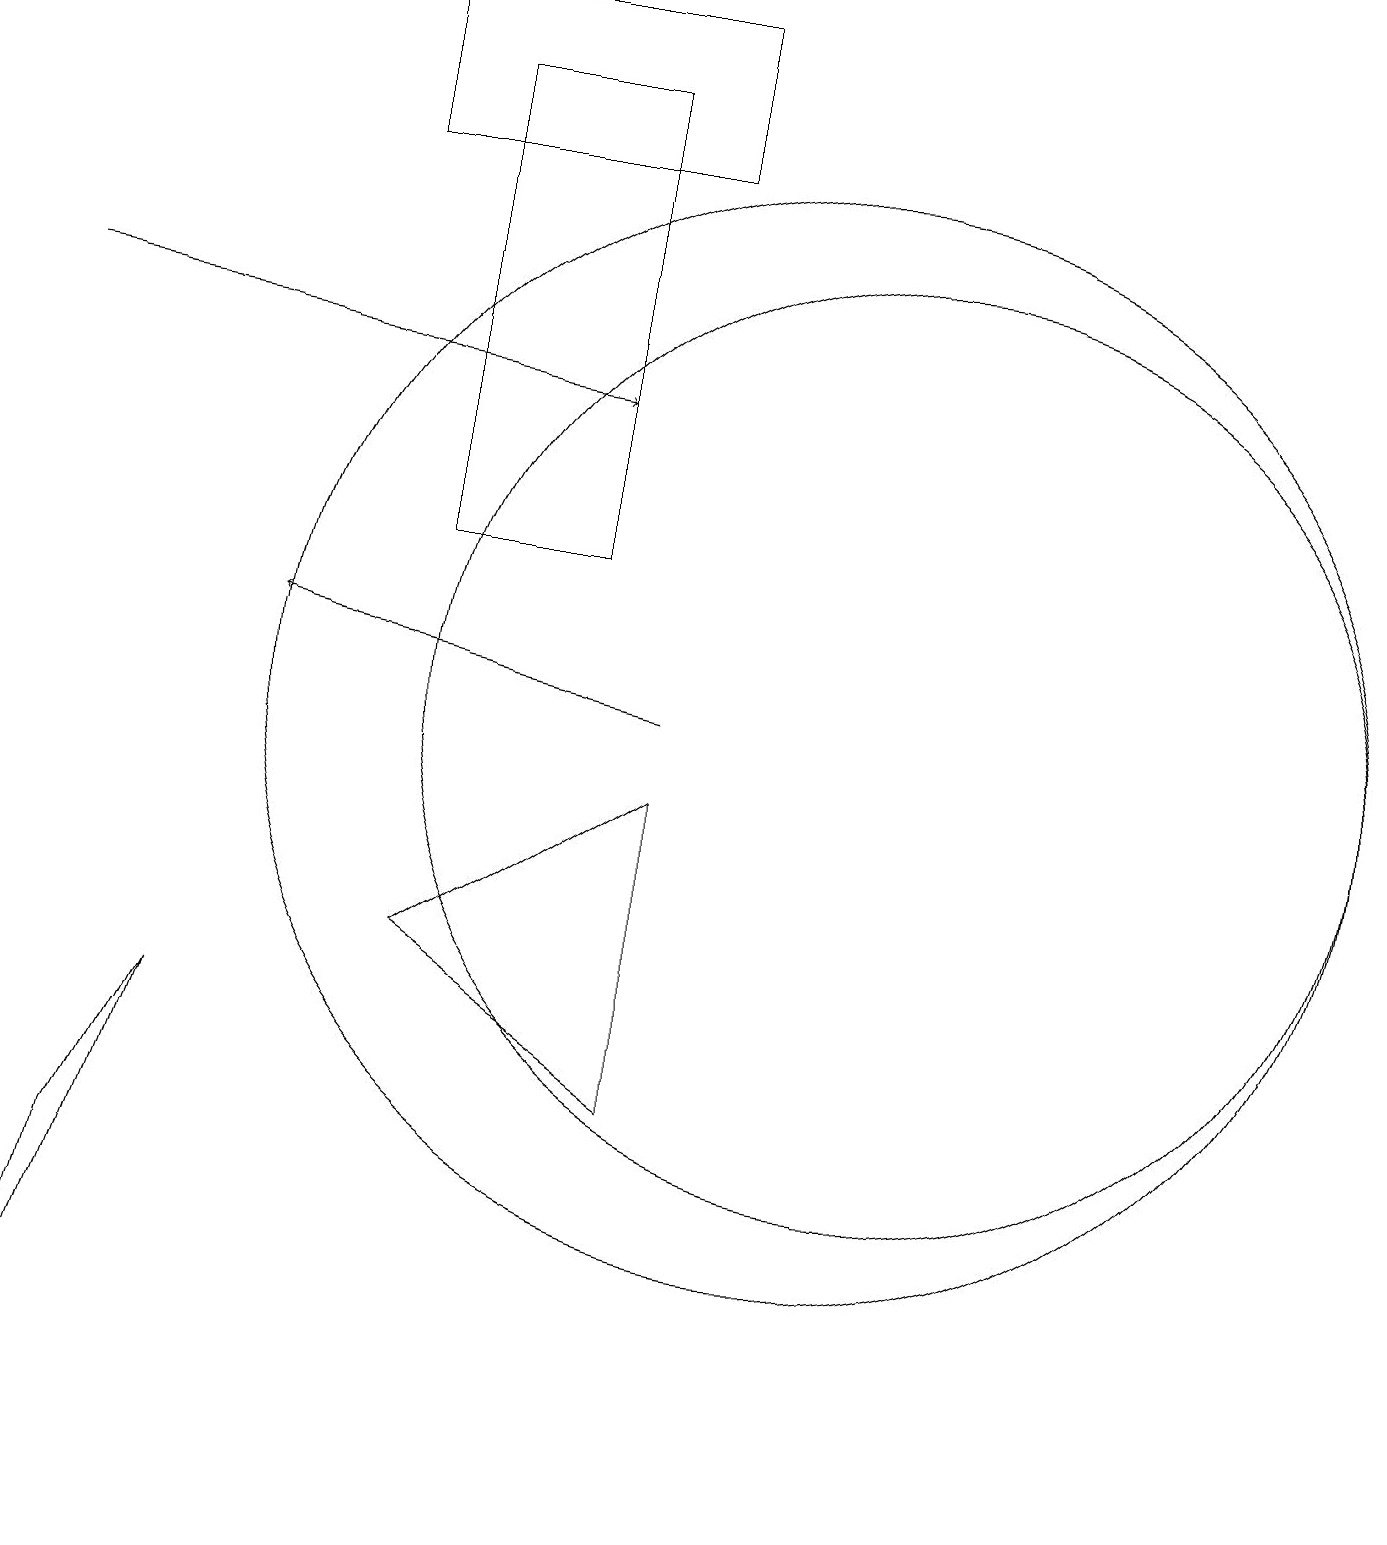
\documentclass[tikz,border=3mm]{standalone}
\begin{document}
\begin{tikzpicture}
\draw (11,10) circle (6);
\draw (5,18) rectangle (7,12);
\draw[->] (8,10) -- (3,11);
\draw[->] (0,15) -- (7,14);
\draw (8,5) -- (5,7) -- (8,9) -- cycle;
\draw (8,17) rectangle (4,19);
\draw (2,6) -- (1,4) -- (0,0) -- cycle;
\draw (10,10) circle (7);
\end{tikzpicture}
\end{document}